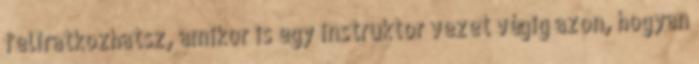
feliratkozhatsz, amikor is egy instruktor vezet végig azon, hogyan